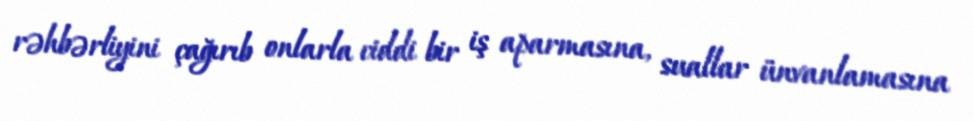
rəhbərliyini çağırıb onlarla ciddi bir iş aparmasına, suallar ünvanlamasına